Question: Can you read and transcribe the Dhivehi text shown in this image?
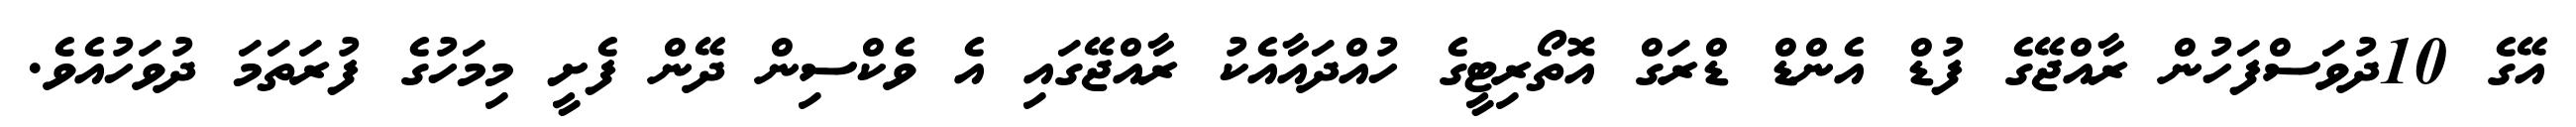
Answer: އޭގެ 10ދުވަސްފަހުން ރާއްޖޭގެ ފުޑް އެންޑް ޑްރަގް އޮތޯރިޓީގެ ހުއްދައާއެކު ރާއްޖޭގައި އެ ވެކްސިން ދޭން ފެށީ މިމަހުގެ ފުރަތަމަ ދުވަހުއެވެ.